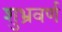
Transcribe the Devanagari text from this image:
शुभ्रवर्ण